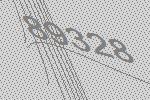
89328